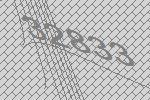
32833